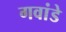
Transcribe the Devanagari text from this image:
गवांडे